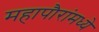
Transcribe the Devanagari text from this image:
महापौरांमध्ये